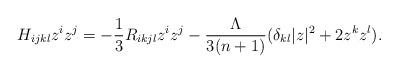
LaTeX: \begin{align*}H_{ijkl} z^i z^j = - \frac{1}{3} R_{ikjl}z^{i}z^{j}- \frac{\Lambda}{3(n + 1)} ( \delta_{kl} |z|^2 + 2 z^k z^l).\end{align*}